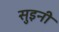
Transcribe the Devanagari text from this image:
सुइनी